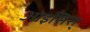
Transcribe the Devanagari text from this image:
आइसिस्